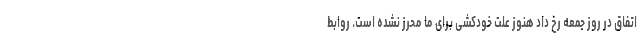
اتفاق در روز جمعه رخ داد هنوز علت خودکشی برای ما محرز نشده است. روابط